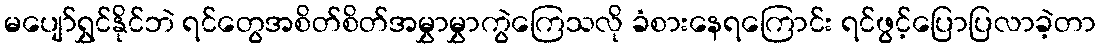
မပျော်ရွှင်နိုင်ဘဲ ရင်တွေအစိတ်စိတ်အမွှာမွှာကွဲကြေသလို ခံစားနေရကြောင်း ရင်ဖွင့်ပြောပြလာခဲ့တာ